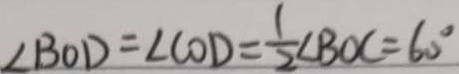
\angle B O D = \angle C O D = \frac { 1 } { 2 } \angle B O C = 6 0 ^ { \circ }